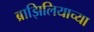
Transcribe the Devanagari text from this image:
ब्राझिलियाच्या